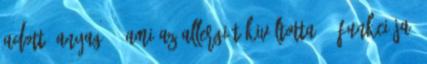
adott "anyag" - ami az allergiát kiváltotta -, funkciója,